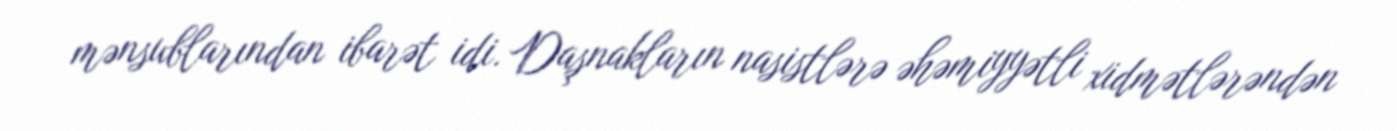
mənsublarından ibarət idi. Daşnakların nasistlərə əhəmiyyətli xidmətlərəndən